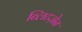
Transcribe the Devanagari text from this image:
ब्लिटज़ेन